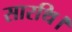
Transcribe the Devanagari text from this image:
सारथि।